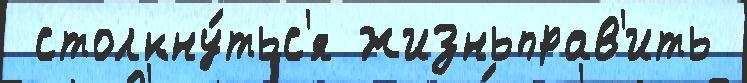
 столкну́тьс'я жизньправ'ить